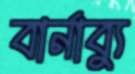
বার্নাব্যু